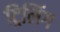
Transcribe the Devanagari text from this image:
ट्रिलिंग